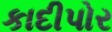
કાદીપોર